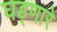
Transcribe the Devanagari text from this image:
घड्णारे